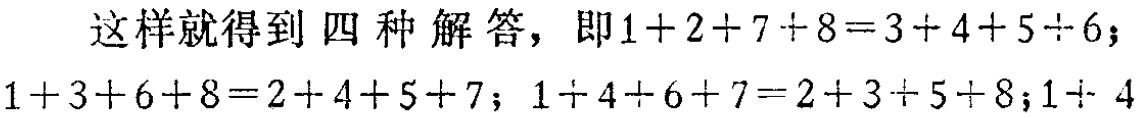
这样就得到 四 种 解 答，即\(1 + 2 + 7 + 8 = 3 + 4 + 5 + 6\)；\(1 + 3 + 6 + 8 = 2 + 4 + 5 + 7\)；\(1 + 4 + 6 + 7 = 2 + 3 + 5 + 8\)；\(1 + 4\)